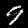
Digit: 9